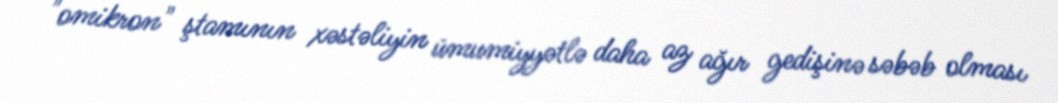
"omikron" ştamının xəstəliyin ümumiyyətlə daha az ağır gedişinə səbəb olması